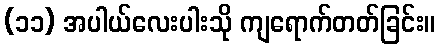
(၁၁) အပါယ်လေးပါးသို ကျရောက်တတ်ခြင်း။